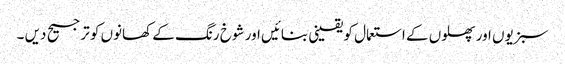
سبزیوں اور پھلوں کے استعمال کو یقینی بنائیں اور شوخ رنگ کے کھانوں کو ترجیح دیں ۔